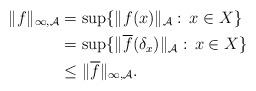
LaTeX: \begin{align*}\Vert f \Vert_{\infty , \mathcal{A}} &= \sup \lbrace \Vert f(x) \Vert_{\mathcal{A}} :\, x \in X \rbrace\\&= \sup \lbrace \Vert \overline{f}(\delta_{x}) \Vert_{\mathcal{A}}:\, x \in X \rbrace \\&\leq \Vert \overline{f} \Vert_{\infty ,\mathcal{A}}.\end{align*}